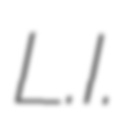
L.I.